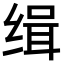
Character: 缉